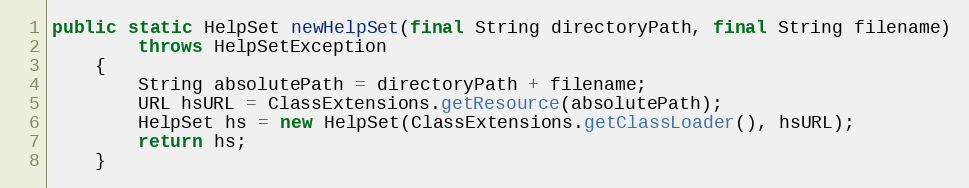
Language: Java
public static HelpSet newHelpSet(final String directoryPath, final String filename)
		throws HelpSetException
	{
		String absolutePath = directoryPath + filename;
		URL hsURL = ClassExtensions.getResource(absolutePath);
		HelpSet hs = new HelpSet(ClassExtensions.getClassLoader(), hsURL);
		return hs;
	}